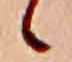
ゝ